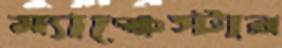
ম্যাঞ্চেস্টার